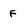
Character: F